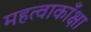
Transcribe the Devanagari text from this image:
महत्वाकाँक्षा